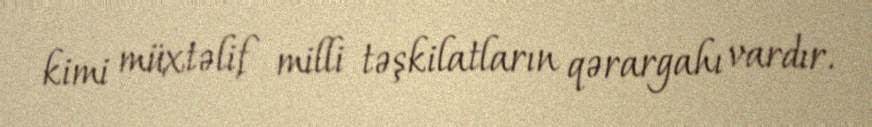
kimi müxtəlif milli təşkilatların qərargahı vardır.